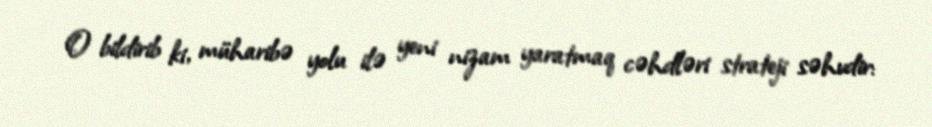
O bildirib ki, müharibə yolu ilə yeni nizam yaratmaq cəhdləri strateji səhvdir: